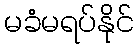
မခံမရပ်နိုင်